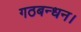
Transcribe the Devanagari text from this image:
गठबन्धन।